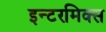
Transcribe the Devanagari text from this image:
इन्टरमिक्स